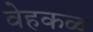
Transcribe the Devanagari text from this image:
वेहकळ